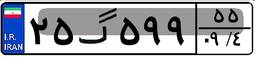
۲۵گ۵۹۹۵۵